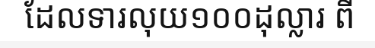
ដែលទារលុយ១០០ដុល្លារ ពី